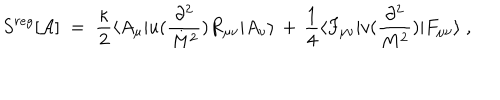
LaTeX: S ^ { r e g } [ { \mathcal A } ] \; = \; \frac { \kappa } { 2 } \langle A _ { \mu } | u ( \frac { \partial ^ { 2 } } { M ^ { 2 } } ) R _ { \mu \nu } | A _ { \nu } \rangle \, + \, \frac { 1 } { 4 } \langle F _ { \mu \nu } | v ( \frac { \partial ^ { 2 } } { M ^ { 2 } } ) | F _ { \mu \nu } \rangle \; ,